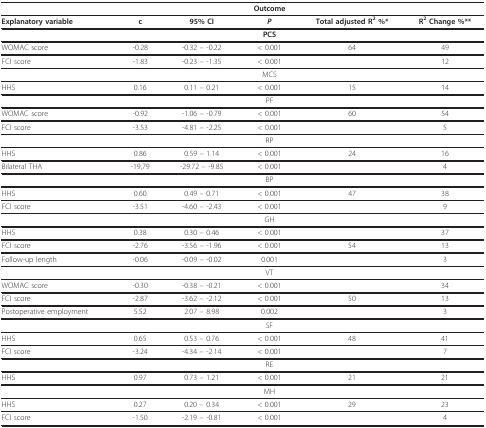
<table><thead><tr><td></td><td></td><td></td><td><b>Outcome</b></td><td></td><td></td></tr></thead><tbody><tr><td><b>Explanatory variable</b></td><td><b>c</b></td><td><b>95% CI</b></td><td><b><i>P</i></b></td><td><b>Total adjusted R<sup>2 </sup>%*</b></td><td><b>R<sup>2 </sup>Change %**</b></td></tr><tr><td></td><td></td><td></td><td><b>PCS</b></td><td></td><td></td></tr><tr><td>WOMAC score</td><td>-0.28</td><td>-0.32 -- -0.22</td><td>&lt; 0.001</td><td>64</td><td>49</td></tr><tr><td>FCI score</td><td>-1.83</td><td>-0.23 -- -1.35</td><td>&lt; 0.001</td><td></td><td>12</td></tr><tr><td></td><td></td><td></td><td>MCS</td><td></td><td></td></tr><tr><td>HHS</td><td>0.16</td><td>0.11 -- 0.21</td><td>&lt; 0.001</td><td>15</td><td>14</td></tr><tr><td></td><td></td><td></td><td>PF</td><td></td><td></td></tr><tr><td>WOMAC score</td><td>-0.92</td><td>-1.06 -- -0.79</td><td>&lt; 0.001</td><td>60</td><td>54</td></tr><tr><td>FCI score</td><td>-3.53</td><td>-4.81 -- -2.25</td><td>&lt; 0.001</td><td></td><td>5</td></tr><tr><td></td><td></td><td></td><td>RP</td><td></td><td></td></tr><tr><td>HHS</td><td>0.86</td><td>0.59 -- 1.14</td><td>&lt; 0.001</td><td>24</td><td>16</td></tr><tr><td>Bilateral THA</td><td>-19,79</td><td>-29.72 -- -9.85</td><td>&lt; 0.001</td><td></td><td>4</td></tr><tr><td></td><td></td><td></td><td>BP</td><td></td><td></td></tr><tr><td>HHS</td><td>0.60</td><td>0.49 -- 0.71</td><td>&lt; 0.001</td><td>47</td><td>38</td></tr><tr><td>FCI score</td><td>-3.51</td><td>-4.60 -- -2.43</td><td>&lt; 0.001</td><td></td><td>9</td></tr><tr><td></td><td></td><td></td><td>GH</td><td></td><td></td></tr><tr><td>HHS</td><td>0.38</td><td>0.30 -- 0.46</td><td>&lt; 0.001</td><td></td><td>37</td></tr><tr><td>FCI score</td><td>-2.76</td><td>-3.56 -- -1.96</td><td>&lt; 0.001</td><td>54</td><td>13</td></tr><tr><td>Follow-up length</td><td>-0.06</td><td>-0.09 -- -0.02</td><td>0.001</td><td></td><td>3</td></tr><tr><td></td><td></td><td></td><td>VT</td><td></td><td></td></tr><tr><td>WOMAC score</td><td>-0.30</td><td>-0.38 -- -0.21</td><td>&lt; 0.001</td><td></td><td>34</td></tr><tr><td>FCI score</td><td>-2.87</td><td>-3.62 -- -2.12</td><td>&lt; 0.001</td><td>50</td><td>13</td></tr><tr><td>Postoperative employment</td><td>5.52</td><td>2.07 -- 8.98</td><td>0.002</td><td></td><td>3</td></tr><tr><td></td><td></td><td></td><td>SF</td><td></td><td></td></tr><tr><td>HHS</td><td>0.65</td><td>0.53 -- 0.76</td><td>&lt; 0.001</td><td>48</td><td>41</td></tr><tr><td>FCI score</td><td>-3.24</td><td>-4.34 -- -2.14</td><td>&lt; 0.001</td><td></td><td>7</td></tr><tr><td></td><td></td><td></td><td>RE</td><td></td><td></td></tr><tr><td>HHS</td><td>0.97</td><td>0.73 -- 1.21</td><td>&lt; 0.001</td><td>21</td><td>21</td></tr><tr><td></td><td></td><td></td><td>MH</td><td></td><td></td></tr><tr><td>HHS</td><td>0.27</td><td>0.20 -- 0.34</td><td>&lt; 0.001</td><td>29</td><td>23</td></tr><tr><td>FCI score</td><td>-1.50</td><td>-2.19 -- -0.81</td><td>&lt; 0.001</td><td></td><td>4</td></tr></tbody></table>